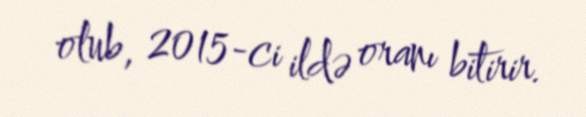
olub, 2015-ci ildə oranı bitirir.